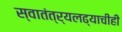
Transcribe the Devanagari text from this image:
स्वातंत्र्यलढ्याचीही